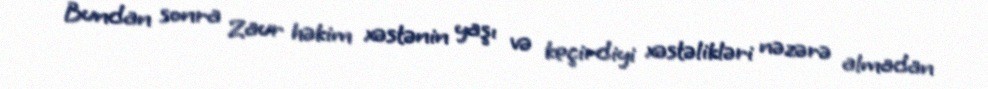
Bundan sonra Zaur həkim xəstənin yaşı və keçirdiyi xəstəlikləri nəzərə almadan